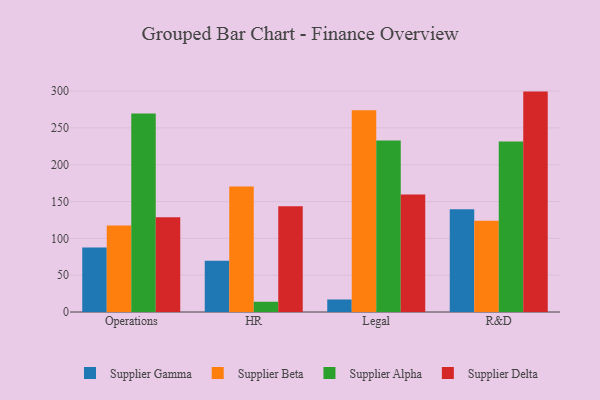
{"axis": {"x": "Department", "y": "Page Views"}, "legend": ["Supplier Alpha", "Supplier Beta", "Supplier Delta", "Supplier Gamma"], "data": [{"x": "Operations", "y": 87.7, "type": "Supplier Gamma"}, {"x": "Operations", "y": 117.3, "type": "Supplier Beta"}, {"x": "Operations", "y": 269.7, "type": "Supplier Alpha"}, {"x": "Operations", "y": 128.5, "type": "Supplier Delta"}, {"x": "HR", "y": 69.7, "type": "Supplier Gamma"}, {"x": "HR", "y": 170.5, "type": "Supplier Beta"}, {"x": "HR", "y": 13.9, "type": "Supplier Alpha"}, {"x": "HR", "y": 143.7, "type": "Supplier Delta"}, {"x": "Legal", "y": 17.0, "type": "Supplier Gamma"}, {"x": "Legal", "y": 273.9, "type": "Supplier Beta"}, {"x": "Legal", "y": 232.8, "type": "Supplier Alpha"}, {"x": "Legal", "y": 159.7, "type": "Supplier Delta"}, {"x": "R&D", "y": 139.5, "type": "Supplier Gamma"}, {"x": "R&D", "y": 124.0, "type": "Supplier Beta"}, {"x": "R&D", "y": 231.7, "type": "Supplier Alpha"}, {"x": "R&D", "y": 299.3, "type": "Supplier Delta"}]}